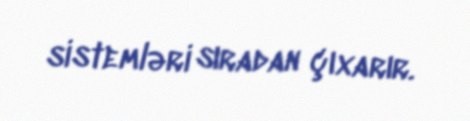
sistemləri sıradan çıxarır.